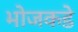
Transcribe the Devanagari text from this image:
भोजकडे